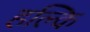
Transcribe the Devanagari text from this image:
हल्कि